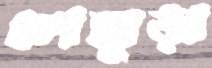
লেঙ্গুড়া